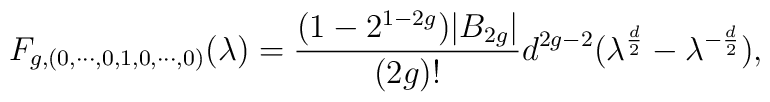
F_{g, (  0  ,\cdots,   0 ,  1 ,  0 ,\cdots,  0 )}(\lambda)={ (1-2^{1-2g})|B_{2g}|\over  (2g)! }d^{2g-2} (\lambda^{d  \over2} - \lambda^{-{d \over 2}}),